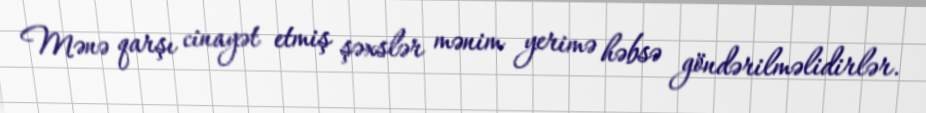
Mənə qarşı cinayət etmiş şəxslər mənim yerimə həbsə göndərilməlidirlər.